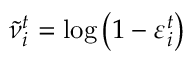
\tilde { \nu } _ { i } ^ { t } = \log \left( 1 - \varepsilon _ { i } ^ { t } \right)